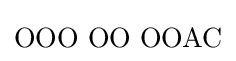
\mathrm {OOO\,\,OO\,\,OOAC}